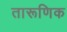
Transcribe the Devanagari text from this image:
तारूणिक